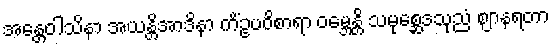
အန္တေဝါသိနာ အယန္တိအာဒိနာ ကိံဥပဝိစာရာ ဝမ္ဘေန္တိ သမုစ္ဆေဒသုညံ ဈာနရတာ